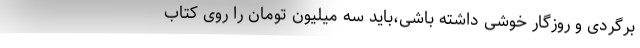
برگردی و روزگار خوشی داشته باشی،باید سه میلیون تومان را روی کتاب